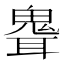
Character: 𩲽